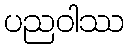
ပညဝါဿ